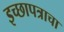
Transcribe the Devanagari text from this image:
इच्छापत्राचा